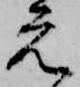
元